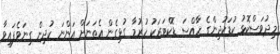
މިދުވަސްކޮޅު ކުޑަކުދިންގެ ހާއްސަ ޑޮކްޓަރަކު ހުރުމާ ގުޅިގެން އެތަނަށް އަންނަ ކުދިން ގިނަވެފައިވާ